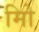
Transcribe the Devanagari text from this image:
मिो